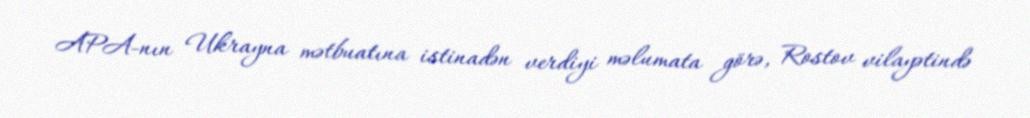
APA-nın Ukrayna mətbuatına istinadən verdiyi məlumata görə, Rostov vilayətində